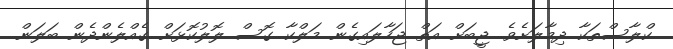
ކްލާސްތަކާ ދިމާލަށެވެ. ޖީބަށް އަތް ޖަހާލައިގެން މަލްކާ ގޮސް ލޮލުކޮޅަށް ގެއްލެންދެން ބަލަން